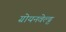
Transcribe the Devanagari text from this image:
ग्रोयनवेल्ड्ट